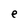
Character: p